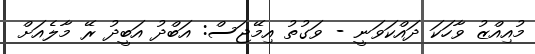
މުއިއްޒު ވާހަކަ ދައްކަވަނީ - ވަގުތު އިމޭޖަސް: އަބްދު އަބީދު ރޭ މާލެއަށް